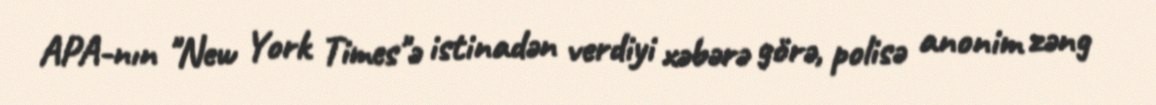
APA-nın "New York Times"ə istinadən verdiyi xəbərə görə, polisə anonim zəng